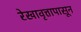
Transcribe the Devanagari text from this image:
रेखावृत्तापासून